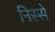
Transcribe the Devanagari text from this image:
निस्से